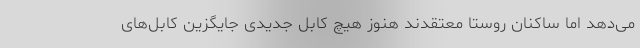
می‌دهد اما ساکنان روستا معتقدند هنوز هیچ کابل جدیدی جایگزین کابل‌های